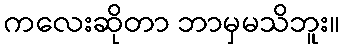
ကလေးဆိုတာ ဘာမှမသိဘူး။